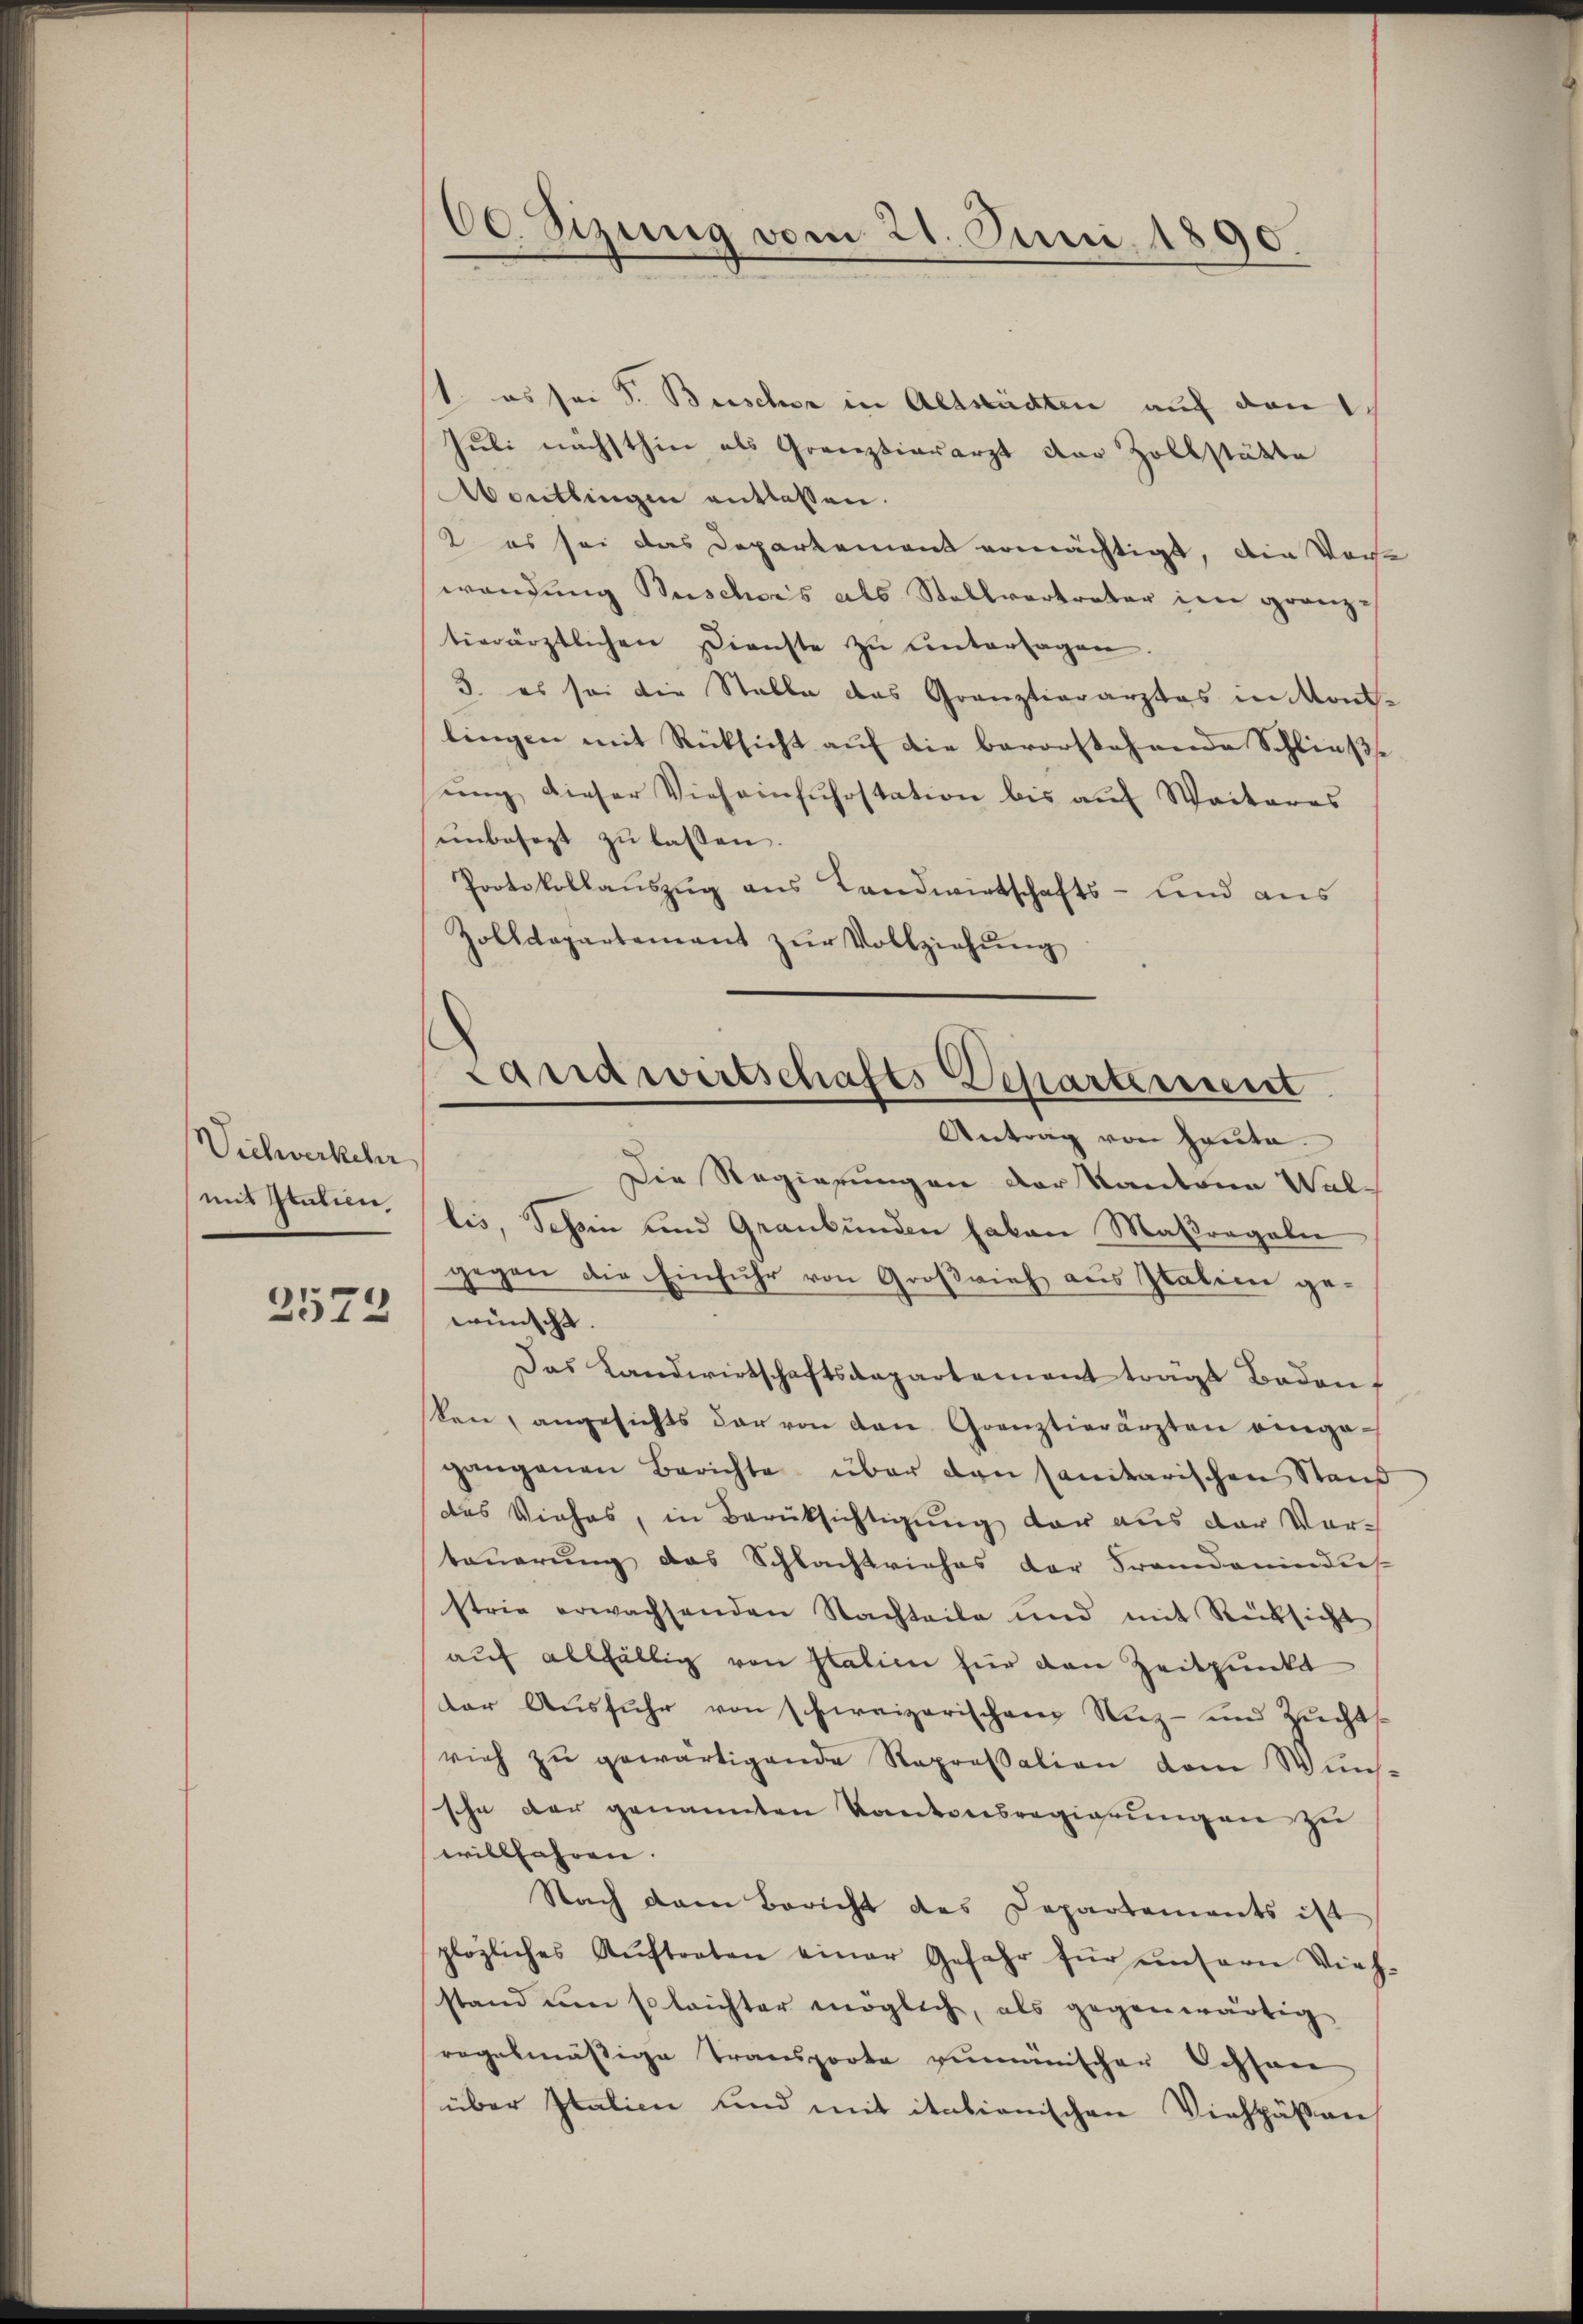
Vichwerkehr
mit Italien,
2572

60. Sizung vom 21. Juni 1890.

Landwirtschafts-Departement
Antrag von Heute.

1. es sei S. Beischer in Altstädten auf den 1
Juli nächsthin als Gränztiararzt der Zollstätte
Aboutlingen entlassen.
2 es sei das Departement ermächtigt, die Woche
wendung Buschnis als Stellvertreter im granz-
tierärztlichen Dienste zŭ ŭntersagen.
3. es sei die Stalle das Grauztierarztes in Kont-
lingen mit Rücksicht auf die barorstehende Schließe
ŭng dieser Vieh einfuhrstation bis aŭf Weiteres
unbesezt zu lassen.
Protokollauszug aus Landwirtschafts- und aus
Zolldepartement zŭr Vollziehŭng
Die Regierungen der Kantone Wallis, Schin und Graubünden haben Maßregeln
gegen die Einfuhr von Großvieh aus Italien gewünscht.
Das Landwirtschaftsaepartement trägt Baden
len, angesichts dar von den Grenztierärzten eingegangenen Berichte über den sanitarischen Stand
das Viehas, in Berüksichtigung der aus der Vortaŭerŭng das Schlachtviehes der Frandanindus
strie erwachsenden Nachteile und mit Rücksicht
auf allfällig von Italien zur van Zeitpunkt
der Ausfuhr von schweizerischen Niz- und Zuchts
vieh zu gewärtigende Repressation dem Wuns
sche der genannten Kantonsregierŭngen zu
willfahren.
Nach dem Bericht des Departements ist
plozliches Aŭftraten einer Gefahr für unsern Vieh-
stand um so leichter möglich, als gegenwärtig
regelmäβige Transporta zumänischer Bessere
über Italien sind mit itationischen Viehpäßen